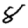
Digit: 8